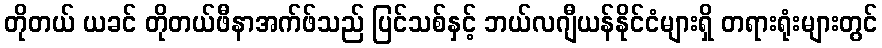
တိုတယ် ယခင် တိုတယ်ဖီနာအက်ဖ်သည် ပြင်သစ်နှင့် ဘယ်လဂျီယန်နိုင်ငံများရှိ တရားရုံးများတွင်